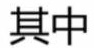
其中